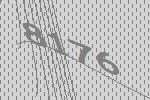
8176